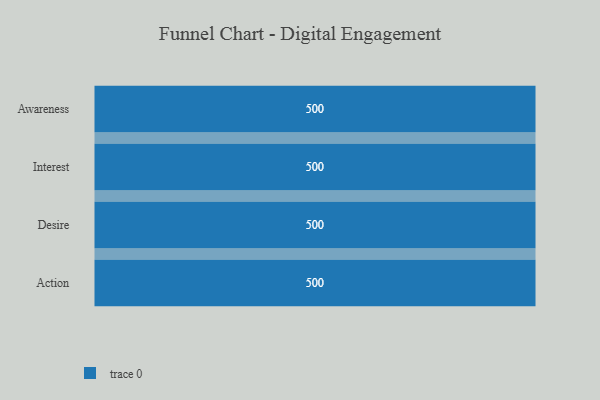
{"axis": {"x": "Stage", "y": "Value"}, "legend": [""], "data": [{"x": "Awareness", "y": 500, "type": ""}, {"x": "Interest", "y": 500, "type": ""}, {"x": "Desire", "y": 500, "type": ""}, {"x": "Action", "y": 500, "type": ""}]}